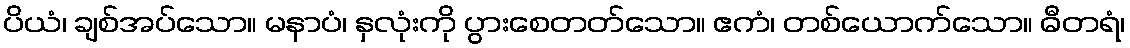
ပိယံ၊ ချစ်အပ်သော။ မနာပံ၊ နှလုံးကို ပွားစေတတ်သော။ ဧကံ၊ တစ်ယောက်သော။ ဓီတရံ၊